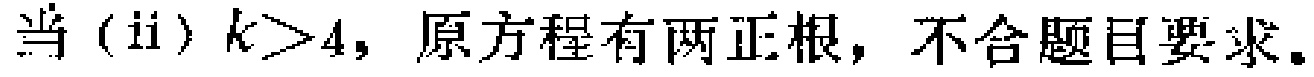
当 (ii) \(k>4\)，原方程有两正根，不合题目要求。